system: You are a helpful assistant.
user:
Analyze the provided spectrum to determine if it is a **White Dwarf (WD)**.

A White Dwarf spectrum is defined by its **extreme purity** (due to gravitational settling) and/or **extreme pressure broadening** (due to high surface gravity). You must check for one of the following mutually exclusive signatures:

- **Key Visual Indicators (Check for ONE of these types):**

    - **1. DA-Type Signature (Most Common):**
        - **(Primary Feature):** Extreme pressure broadening (Stark broadening) of the **Hydrogen (H) Balmer lines**.
        - **(Key Lines):** $H\beta$ (approx. $4861$ Å) and $H\gamma$ (approx. $4340$ Å). $H\alpha$ (approx. $6563$ Å) will also be present if the wavelength range covers it.
        - **(Line Profile):** This is the **defining feature**. The lines are **NOT** sharp. They appear as massive, **extremely broad and deep "troughs" or "dips"** in the spectrum, often hundreds of Ångströms wide. The continuum will appear to "scoop" down at these wavelengths.
        - **(Distinction):** Normal A-type or B-type stars have *narrow* and *sharp* Hydrogen lines. A DA White Dwarf's lines are unmistakably "smeared" or "blurry" from pressure.

    - **2. DB-Type Signature:**
        - **(Primary Feature):** Broad absorption lines from **Neutral Helium (He I)**. The spectrum must lack any visible Hydrogen lines.
        - **(Key Lines):** Look for broad absorption near $4471$ Å, $4921$ Å, and $5876$ Å.
        - **(Line Profile):** These lines are also significantly pressure-broadened, appearing much wider than they would in a normal B-type main-sequence star.

    - **3. DC-Type Signature:**
        - **(Primary Feature):** A **featureless continuous spectrum**.
        - **(Line Profile):** The spectrum is a smooth curve with **no significant absorption or emission lines**.
        - **(Key Confirmation):** The continuum is almost always **blue or white**, indicating a hot object. This signature implies the atmosphere is so pure (or so cool) that no spectral lines are visible in the optical range. Its WD identity is confirmed by its extremely low intrinsic brightness (high absolute magnitude).

    - **4. DZ-Type Signature (Metal-Polluted):**
        - **(Primary Feature):** **Isolated, narrow metal absorption lines** on an otherwise featureless (DC-like) continuum.
        - **(Key Lines):** The **Calcium (Ca II) H & K doublet** (approx. **$3934$ Å** and **$3968$ Å**) is the most common and defining feature.
        - **(Line Profile):** These lines are "out of place." They are *not* part of a "forest" of thousands of lines. This signature is evidence of recent *accretion* (pollution) from rocky debris.
        - **(Distinction):** Normal G/K/M stars have a *dense forest* of thousands of metal lines. A DZ has a *clean* continuum with *only a few* strong metal lines.

    - **5. DQ-Type Signature (Carbon-Polluted):**
        - **(Primary Feature):** Absorption bands from **Carbon (C₂ "Swan Bands" or atomic C I)**.
        - **(Key Lines - C₂):** Look for bandheads with a "saw-tooth" shape near $5635$ Å, **$5165$ Å** (strongest), and $4737$ Å.
        - **(Key Confirmation):** The underlying **continuum must be blue or white** (hot).
        - **(Distinction):** This is the critical difference from a **Carbon Star**, which has the *exact same* C₂ bands but on an extremely **red, cool** continuum.

- **(Overall Spectrum):**
    - The continuum (overall shape) is typically **blue-sloping** (brighter in the blue than the red), as most white dwarfs are very hot.
    - The spectrum will look "pure" or "simple," dominated by only *one* of the five signatures listed above.

Think first, call **spectral_visualization_tool** if needed to examine features in detail, then provide your final answer. Your response must adhere to the following strict rules:
1.  **Overall Structure:** Your response must follow the format `<think>...</think> <tool_call>...</tool_call> (if a tool is used) <answer>...</answer>`.
2.  **Tool Usage Constraint:** You may only make **one** tool call per turn.
3.  **Final Answer Format:** In the `<answer>` tag, your conclusion must be inside a `\boxed{}` command (e.g., `\boxed{YES}` or `\boxed{NO}`), followed by your justification.

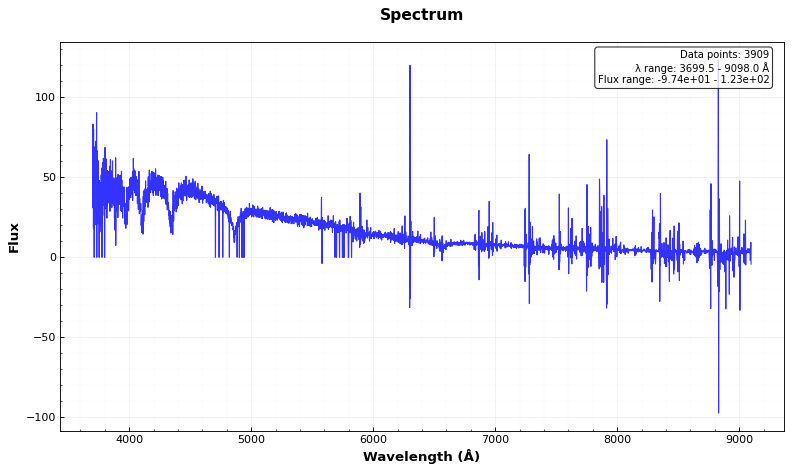
Answer: YES